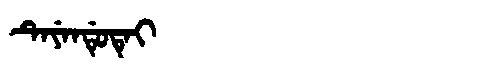
Manchu: ᡨᡝᠶᡝᠨᡩᡠᡨᡝᡳ
Romanization: TEYENDUTEI